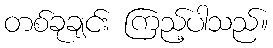
တစ်ခုချင်း ကြည့်ပါသည်။